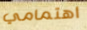
اهتمامي